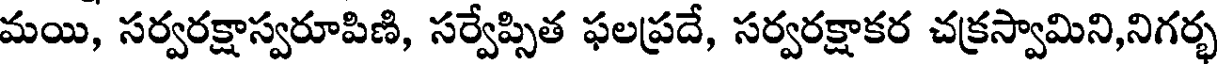
మయి, సర్వరక్షాస్వరూపిణి, సర్వేప్సిత ఫలప్రదే, సర్వరక్షాకర చక్రస్వామిని,నిగర్భ